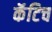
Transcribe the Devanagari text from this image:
कॅटिच